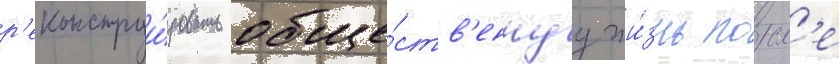
р'еконструи́ровать обще́ств'еннуу жи́знь посл'е